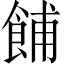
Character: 餔